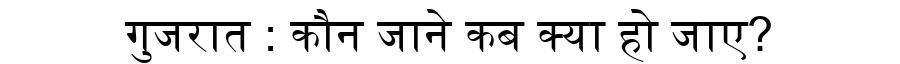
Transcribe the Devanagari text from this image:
गुजरात : कौन जाने कब क्या हो जाए?